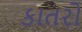
કાતરો